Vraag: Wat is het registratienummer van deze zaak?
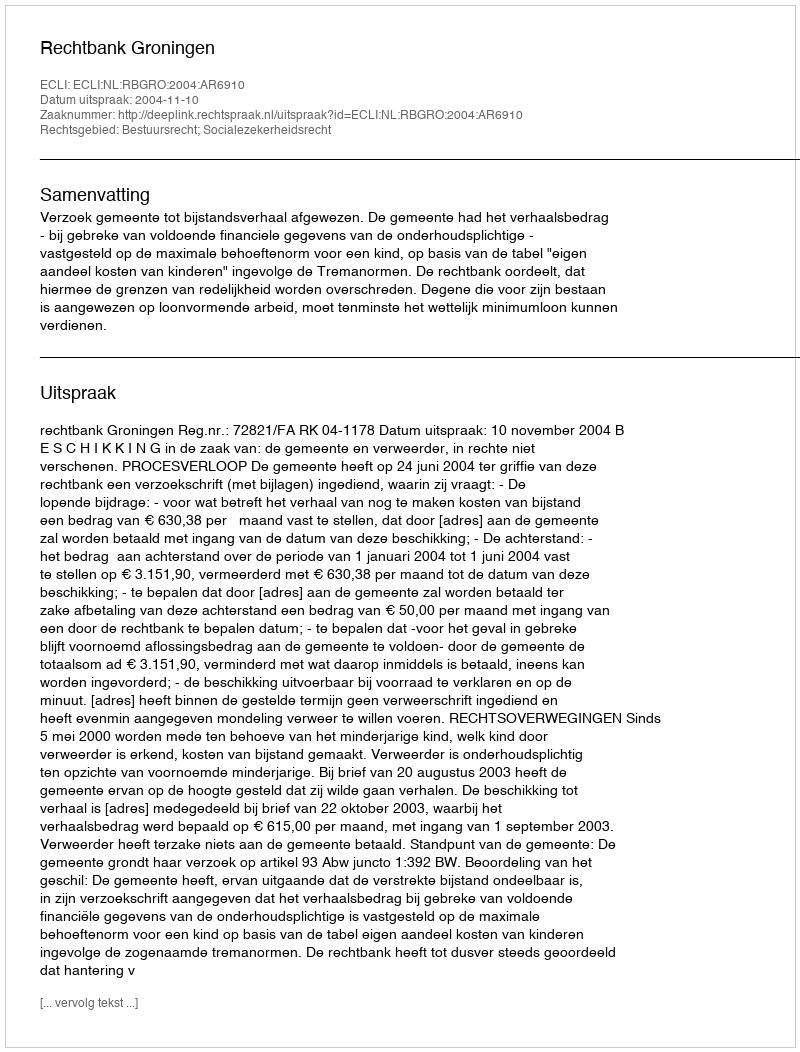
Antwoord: http://deeplink.rechtspraak.nl/uitspraak?id=ECLI:NL:RBGRO:2004:AR6910